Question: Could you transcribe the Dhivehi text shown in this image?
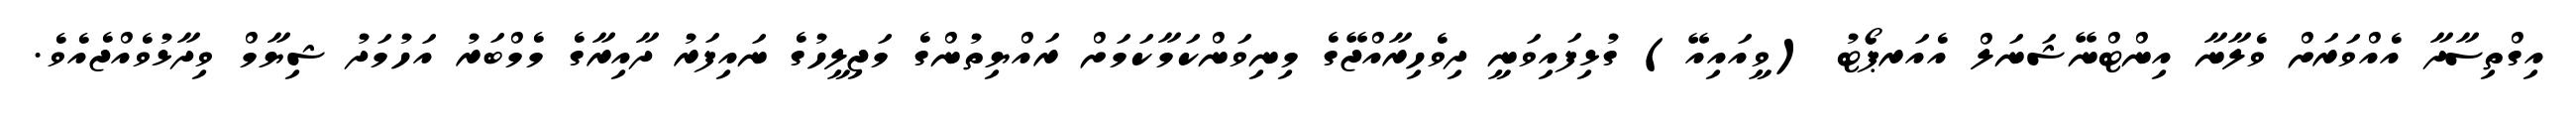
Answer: އިގްތިސާދާ އެއްވަރަށް ވެލާނާ އިންޓްނޭޝަނަލް އެއަރޕޯޓު (ވީއައިއޭ) ގުޅިފައިވަނީ ދިވެހިރާއްޖޭގެ މިނިވަންކަމާކަމަށް ރައްޔިތުންގެ މަޖިލީހުގެ ނައިފަރު ދާއިރާގެ މެމްބަރު އަހުމަދު ޝިޔާމް ވިދާޅުވެއްޖެއެވެ.